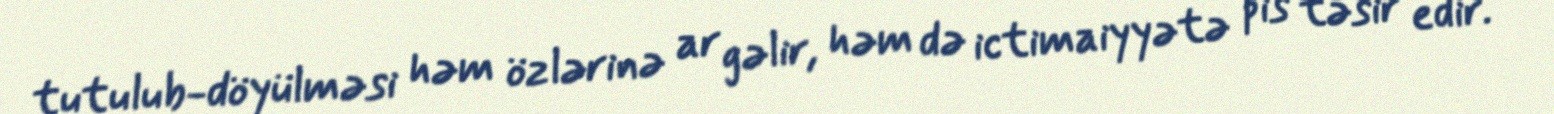
tutulub-döyülməsi həm özlərinə ar gəlir, həm də ictimaiyyətə pis təsir edir.